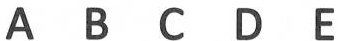
A B C D E